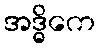
အဒ္ဓိကေ